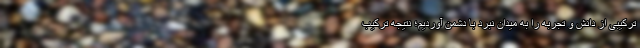
ترکیبی از دانش و تجربه را به میدان نبرد با دشمن آوردیم؛ نتیجه ترکیب